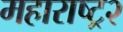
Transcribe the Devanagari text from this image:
महाराष्ट्र२